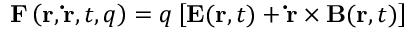
\mathbf { F } \left( \mathbf { r } , \mathbf { \dot { r } } , t , q \right) = q \left[ \mathbf { E } ( \mathbf { r } , t ) + \mathbf { \dot { r } } \times \mathbf { B } ( \mathbf { r } , t ) \right]